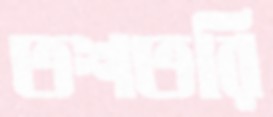
তশতরি